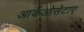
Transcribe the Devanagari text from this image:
आर्केओसेटाए